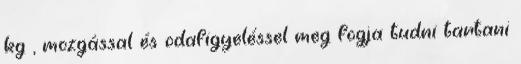
kg , mozgással és odafigyeléssel meg fogja tudni tartani